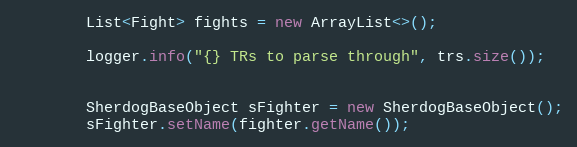
Language: Java
        List<Fight> fights = new ArrayList<>();

        logger.info("{} TRs to parse through", trs.size());

        SherdogBaseObject sFighter = new SherdogBaseObject();
        sFighter.setName(fighter.getName());